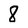
Character: 8